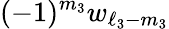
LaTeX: (-1)^{m_{3}}w_{\ell_{3}-m_{3}}